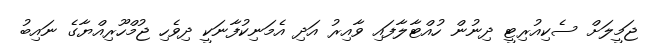
ޖަމީލަށް ސެކިއުރިޓީ ދިނުން ހުއްޓާލާފައި ވާއިރު އަދި އެމަނިކުފާނަކީ ދިވެހި ޖުމްހޫރިއްޔާގެ ނައިބު